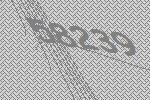
58239